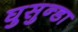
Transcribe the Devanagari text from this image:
घुसुन्डा